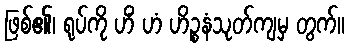
ဖြစ်၏၊ ရုပ်ကို ဟိံ ဟံ ဟိဉ္စနံသုတ်ကျမှ တွက်။